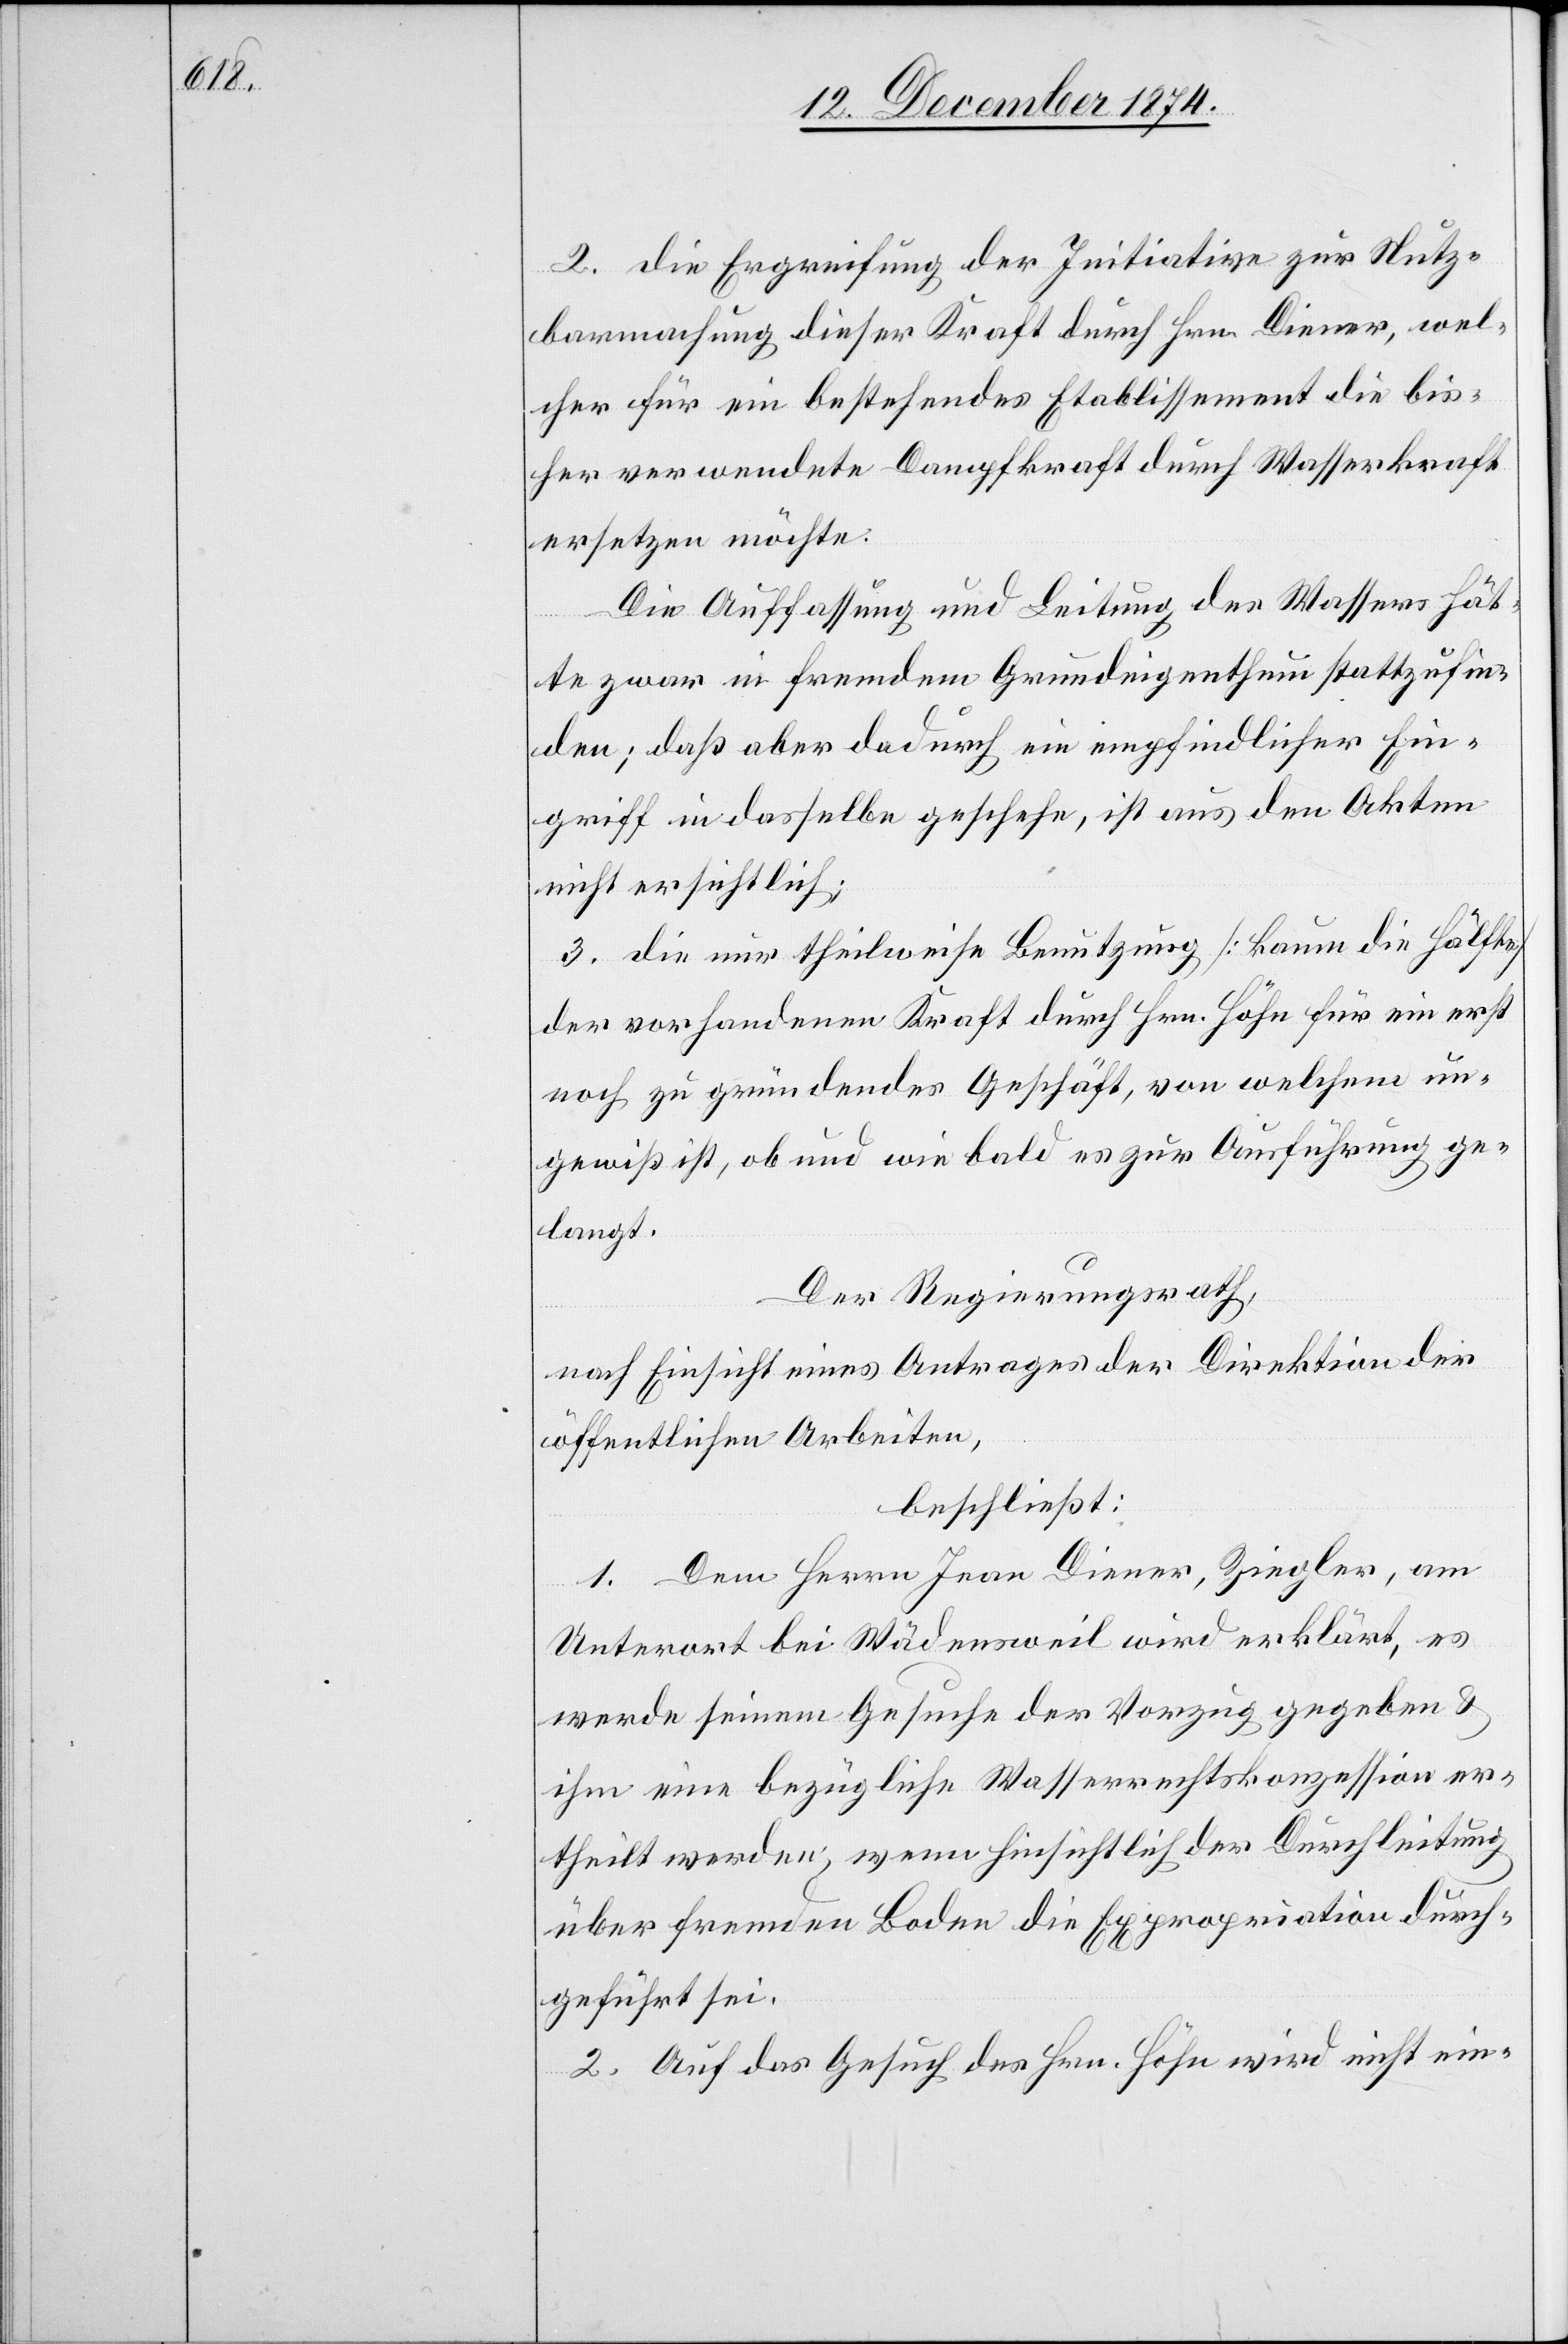
2. die Ergreifung der Initiative zur Nutz¬
barmachung dieser Kraft durch Hrn. Diener, wel¬
cher für ein bestehendes Etablissement die bis¬
her verwendete Dampfkraft durch Wasserkraft
ersetzen möchte.
Die Auffassung und Leitung des Wassers hät¬
te zwar in fremdem Grundeigenthum stattzufin¬
den; daß aber dadurch ein empfindlicher Ein¬
griff in dasselbe geschehe, ist aus den Akten
nicht ersichtlich.
3. die nur theilweise Benutzung [kaum die Hälfte]
der vorhandenen Kraft durch Hrn. Höhn für ein erst
noch zu gründendes Geschäft, von welchem un¬
gewiß, ob und wie bald es zur Ausführung ge¬
langt.
Der Regierungsrath,
nach Einsicht eines Antrages der Direktion der
öffentlichen Arbeiten,
beschließt:
1. Dem Herrn Jean Diener, Ziegler, am
Unterort bei Wädensweil wird erklärt, es
werde seinem Gesuche der Vorzug gegeben &
ihm eine bezügliche Wasserrechtskonzession er¬
theilt werden, wenn hinsichtlich der Durchleitung
über fremden Boden die Expropriation durch
geführt sei.
2. Auf das Gesuch des Hrn. Höhn wird nicht ein-